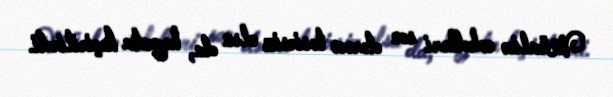
Müalicə cəhdləri son dərəcə təsirsiz olsa da, həyata keçirilirdi.